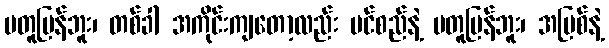
မတူပြန်ဘူး၊ တစ်ခါ အကိုင်းကျတော့လည်း ပင်စည်နဲ့ မတူပြန်ဘူး၊ အမြစ်နဲ့